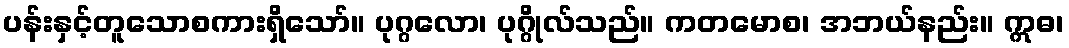
ပန်းနှင့်တူသောစကားရှိသော်။ ပုဂ္ဂလော၊ ပုဂ္ဂိုလ်သည်။ ကတမောစ၊ အဘယ်နည်း။ ဣဓ၊